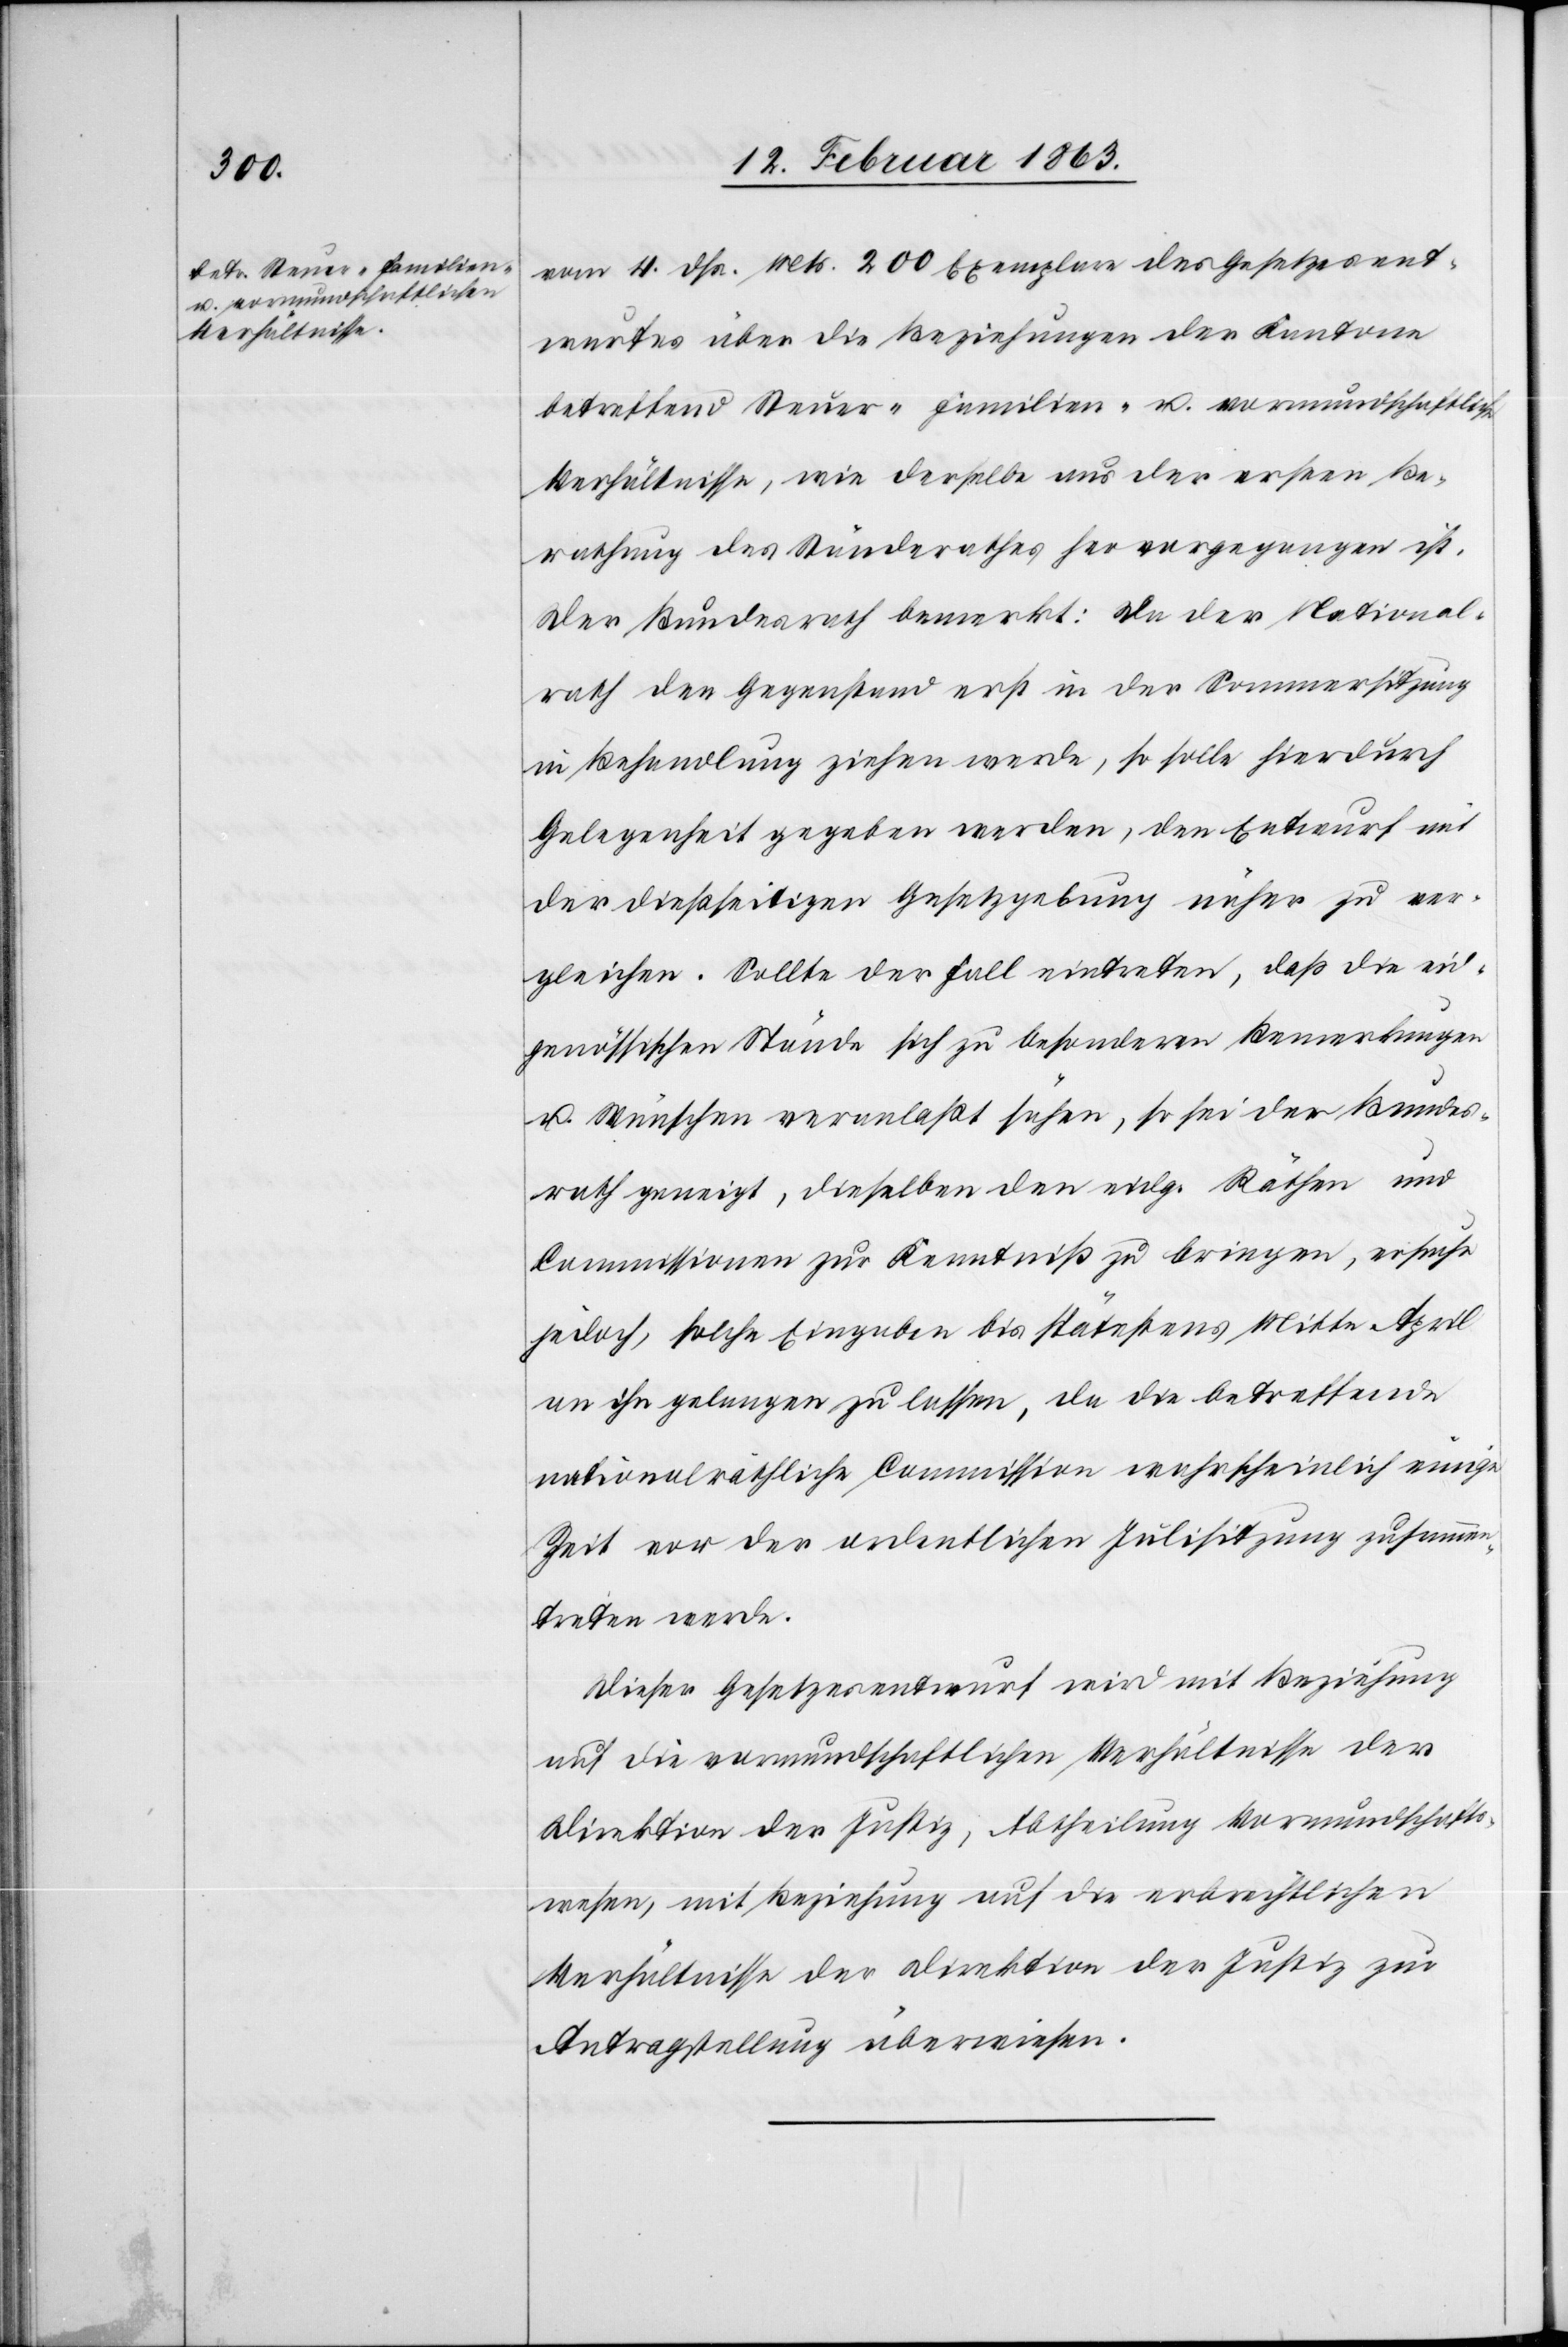
vom 4. dß. Mts. 200 Exemplare des Gesetzesent¬
wurfes über die Beziehungen der Kantone
betreffend Steuer-[,] Familien- u. vormundschaftliche
Verhältnisse, wie derselbe aus der ersten Be¬
rathung des Ständerathes hervorgegangen ist.
Der Bundesrath bemerkt: Da der National¬
rath den Gegenstand erst in der Sommersitzung
in Behandlung ziehen werde, so solle hierdurch
Gelegenheit gegeben werden, den Entwurf mit
der dießseitigen Gesetzgebung näher zu ver¬
gleichen. Sollte der Fall eintreten, daß die eid¬
genössischen Stände sich zu besonderen Bemerkungen
u. Wünschen veranlaßt sähen, so sei der Bundes¬
rath geneigt, dieselben den eidg. Räthen und
Commissionen zur Kenntniß zu bringen, ersuche
jedoch solche Eingaben bis spätestens Mitte April
an ihn gelangen zu lassen, da die betreffende
nationalräthliche Commission wahrscheinlich einige
Zeit vor der ordentlichen Julisitzung zusammen¬
treten werde.
Dieser Gesetzesentwurf wird mit Beziehung
auf die vormundschaftlichen Verhältnisse der
Direktion der Justiz, Abtheilung Vormundschafts¬
wesen, mit Beziehung auf die erbrechtlichen
Verhältnisse der Direktion der Justiz zur
Antragstellung überwiesen.